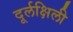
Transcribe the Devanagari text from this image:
दूर्लक्षिली